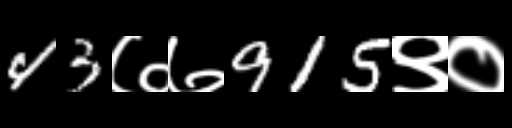
Text: 43७७915९०